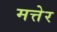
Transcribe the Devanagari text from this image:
मत्तेर